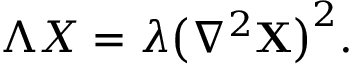
\begin{array} { r } { \Lambda X = \lambda \big ( \nabla ^ { 2 } \mathbf { X } \big ) ^ { 2 } . } \end{array}